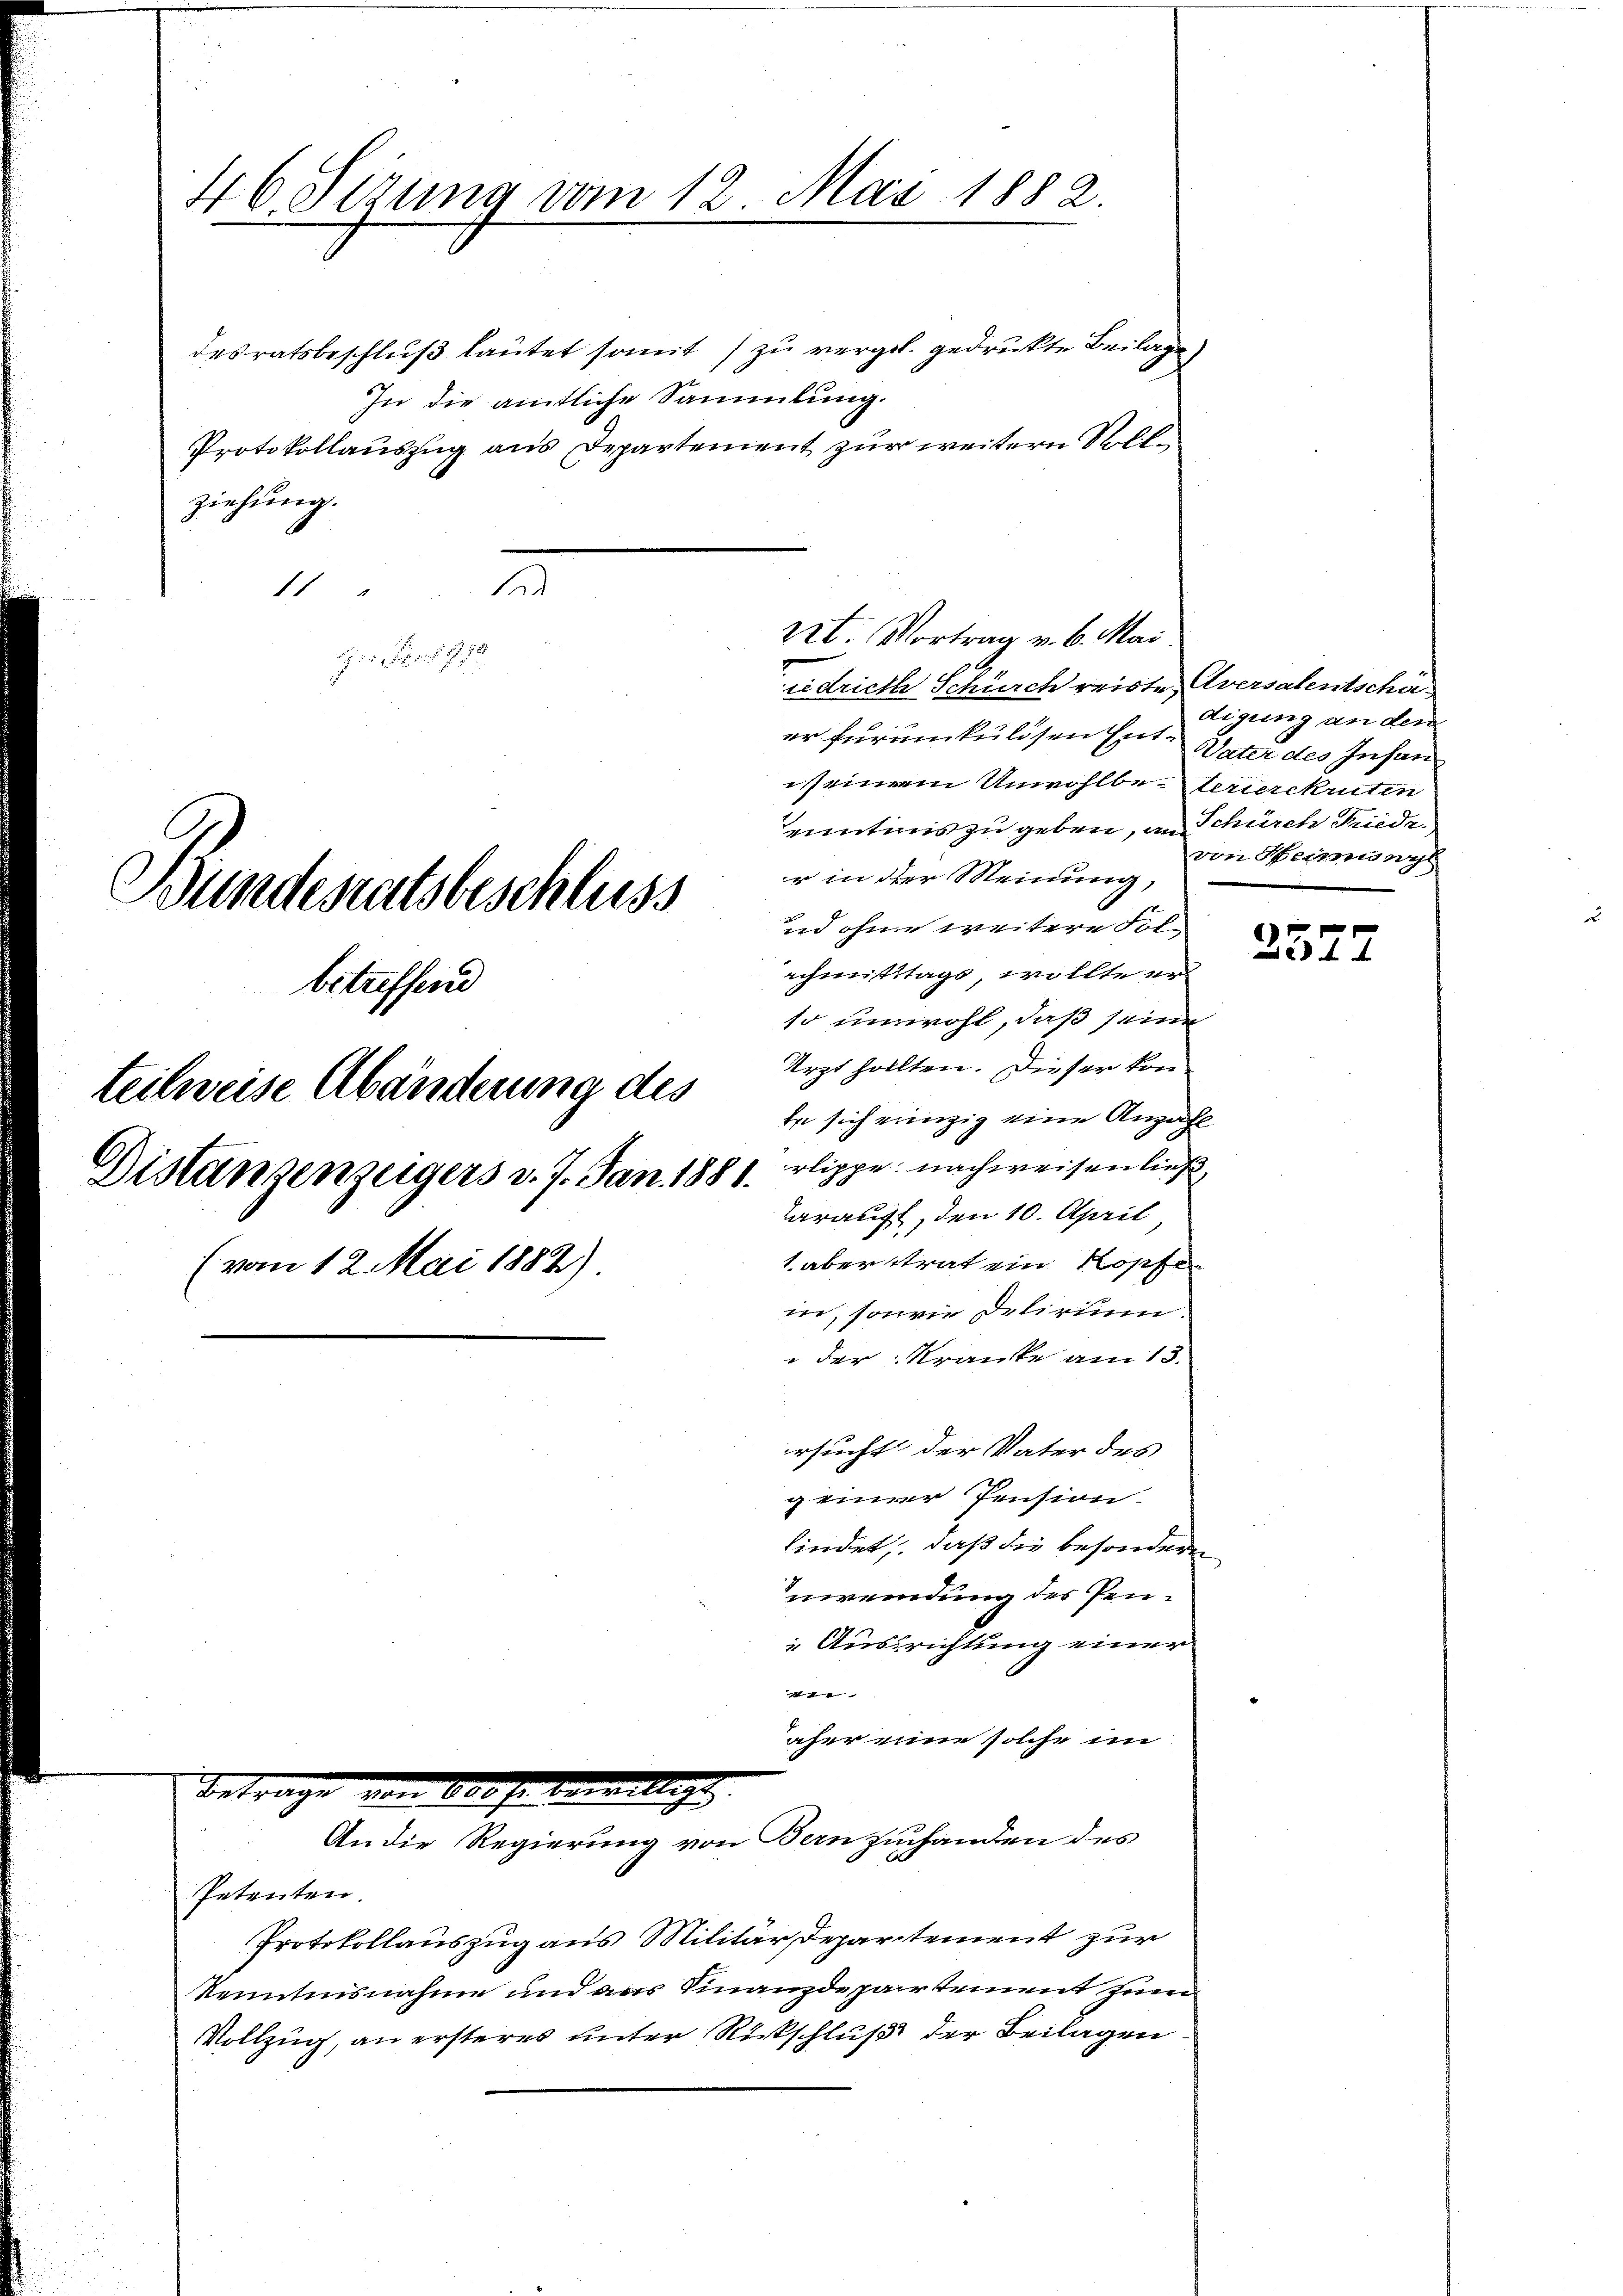
46 Serena vom 12. Mai 1882.

desratsbeschluß lautet somit zu vergeb. gedruckte Beilage
In die amtliche Sammlung.
ziehung.
s
11
rrt. Vortrag v. 6. Mai
her, der 1890
ridriche Schirch reiste Aversalentschäer furumkulösen Ent- Vater des Insan
seinem Unwohlbetrierekruten

Bundesratsbeschluss
betreffend
teilweise Abänderung des
Distanzenzeigers d. 7. Jan. 1881.
(vom 12. Mai 1882)

Protokollauszug aus Departement zur weitern Soll¬

enntnis zu geben, an Schürch Friede
r in der Meinung,
nd ohne weitere Folachmittags, wollte er
so unwohl, daß seine
Arzt halten. Dieser kon
Er sich einzig eine Anzahl
rlippe nachweisen ließ
Tarauft, den 10. April,
1 aber strat ein Kopfer
in, sowie Delirium.
 der Kranke am 13.
ersucht der Vater des
geiner Pension.
findet, daß die besonderen
uwendung des Pen¬
Ausrichtung einer

aher eine solche im
Betrage von 600 fr bewilligt.
An die Regierung von Bern zuhanden des
Petenten.
Protokollauszug aus Militärdepartement zur
Renntnisnahme und aus Finanzdepartement zum
Vollzug, an ersteres unter Rückschluß der Beilagen

von Bernungs

2577

digung an den